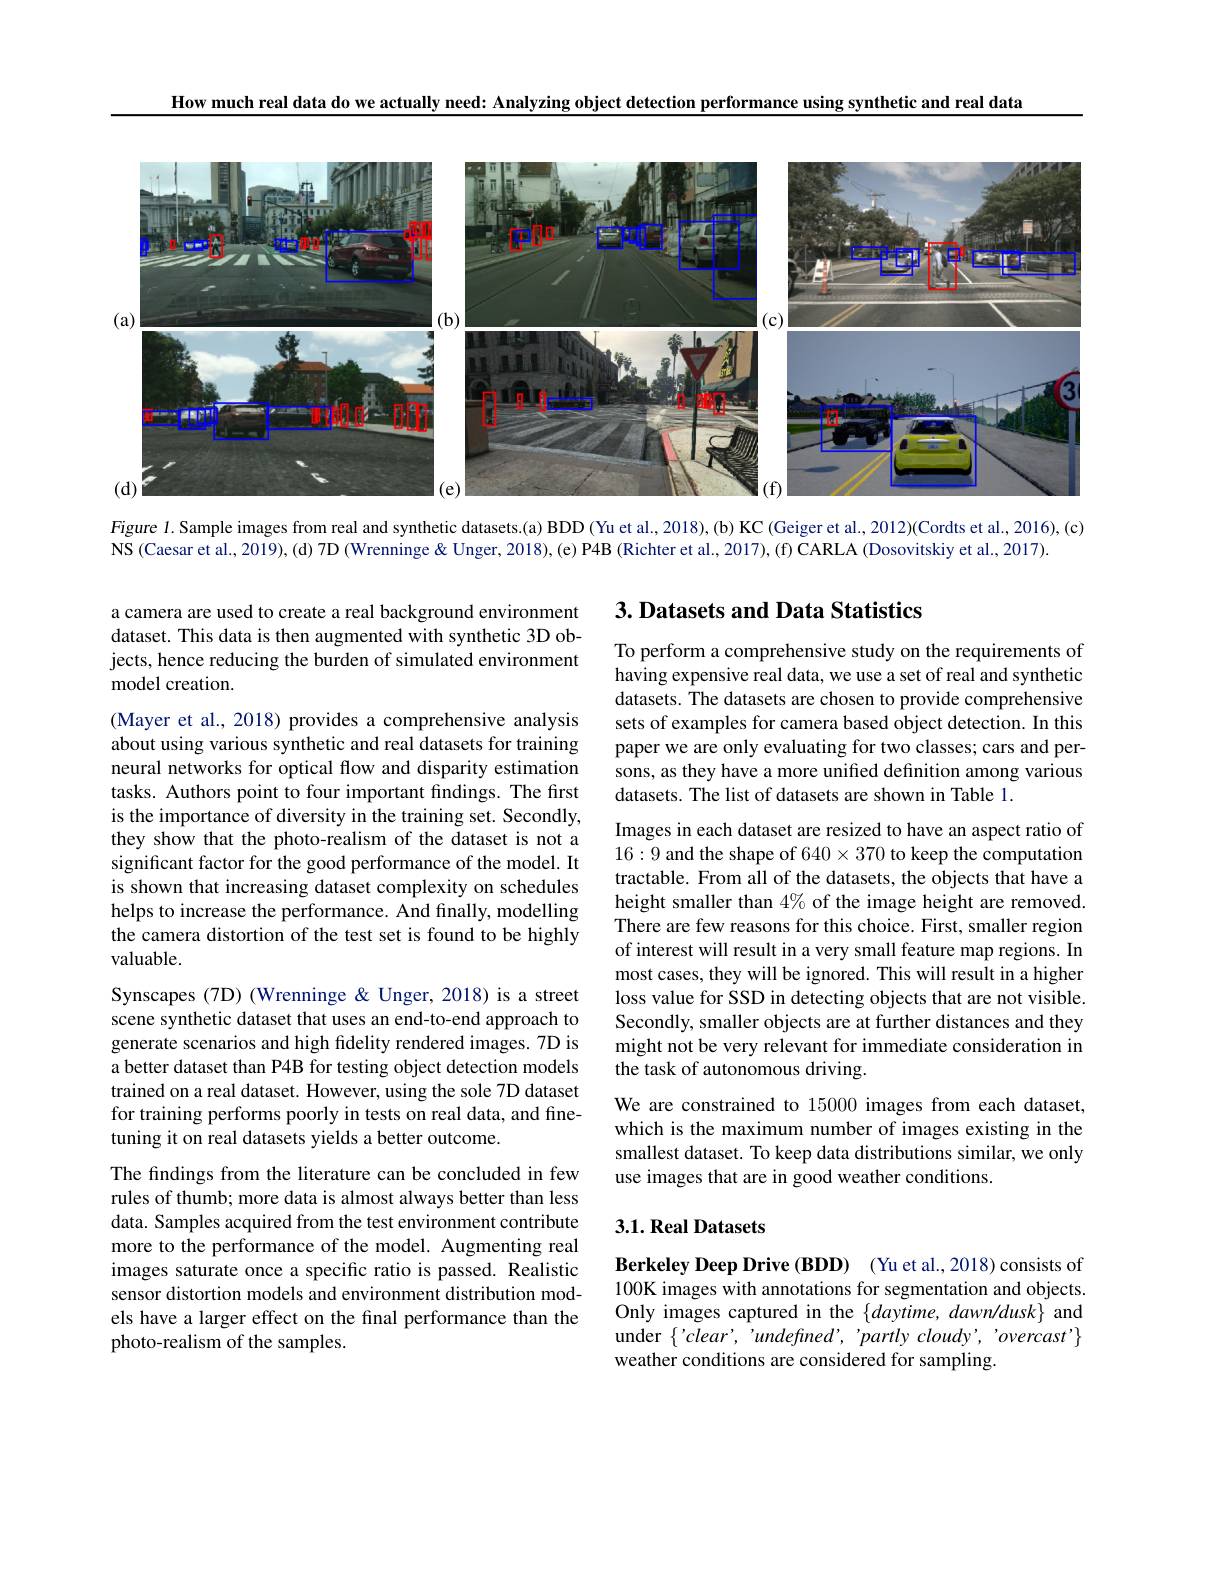
How much real data do we actually need: Analyzing object detection performance using synthetic and real data

<FigureHere>

Figure 1. Sample images from real and synthetic datasets.(a) BDD (Yu et al., 2018),(b) KC (Geiger et al., 2012)(Cordts et al., 2016),(c)
$\bar{\mathrm{NS~(Caesar~et~al.,~2019),~(d)~7D~(Wrenninge~ Unger,~2018),~(e)~P4B~(Richter~et~al.,~2017),~(f)~\bar{\text{CARLA(Dosovitskiyet al.}}2017).}}$

## 3. Datasets and Data Statistics

a camera are used to create a real background environment dataset. This data is then augmented with synthetic 3D objects, hence reducing the burden of simulated environment model creation.

To perform a comprehensive study on the requirements of having expensive real data, we use a set of real and synthetic datasets. The datasets are chosen to provide comprehensive sets of examples for camera based object detection. In this paper we are only evaluating for two classes; cars and persons, as they have a more unifed definition among various datasets. The list of datasets are shown in Table 1.

(Mayer et al., 2018) provides a comprehensive analysis about using various synthetic and real datasets for training neural networks for optical flow and disparity estimation tasks. Authors point to four important findings. The first is the importance of diversity in the training set. Secondly, they show that the photo-realism of the dataset is not a significant factor for the good performance of the model. It is shown that increasing dataset complexity on schedules helps to increase the performance. And finally, modelling the camera distortion of the test set is found to be highly valuable.

Images in each dataset are resized to have an aspect ratio of 16:9 and the shape of 640$\times370$ to keep the computation tractable. From all of the datasets, the objects that have a height smaller than $4\%$ of the image height are removed. There are few reasons for this choice. First, smaller region of interest will result in a very small feature map regions. In most cases, they will be ignored. This will result in a higher loss value for SSD in detecting objects that are not visible. Secondly, smaller objects are at further distances and they might not be very relevant for immediate consideration in the task of autonomous driving.
We are constrained to 15000 images from each dataset, which is the maximum number of images existing in the smallest dataset. To keep data distributions similar, we only use images that are in good weather conditions.

Synscapes (7D) (Wrenninge & Unger, 2018) is a street scene synthetic dataset that uses an end-to-end approach to generate scenarios and high fidelity rendered images. 7D is a better dataset than P4B for testing object detection models trained on a real dataset. However, using the sole 7D dataset for training performs poorly in tests on real data, and finetuning it on real datasets yields a better outcome.

### $3. 1. \textbf{Real Datasets}$

The findings from the literature can be concluded in few rules of thumb; more data is almost always better than less data. Samples acquired from the test environment contribute more to the performance of the model. Augmenting real images saturate once a specific ratio is passed. Realistic sensor distortion models and environment distribution models have a larger effect on the final performance than the photo-realism of the samples.

Berkeley Deep Drive (BDD) (Yu et al.,2018) consists of 100K images with annotations for segmentation and objects. Only images captured in the $\{daytime,dawn/dusk\}$ and under $\{'clear','undefined’,'partlycloudy’,'overcast’\}$ weather conditions are considered for sampling.